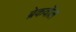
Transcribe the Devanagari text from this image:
ब्रेकवॉल